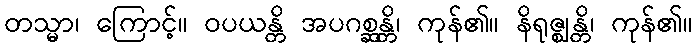
တသ္မာ၊ ကြောင့်။ ဝပယန္တိ အပဂစ္ဆန္တိ၊ ကုန်၏။ နိရုဇ္ဈန္တိ၊ ကုန်၏။